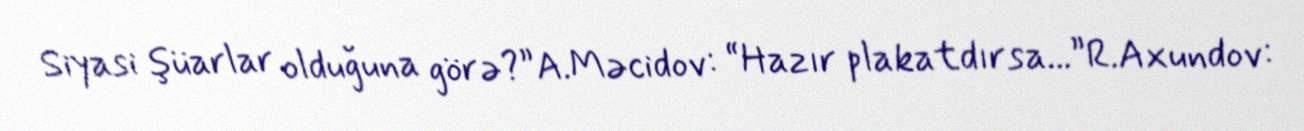
Siyasi şüarlar olduğuna görə?”A.Məcidov: “Hazır plakatdırsa...”R.Axundov: